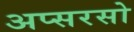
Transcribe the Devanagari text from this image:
अप्सरसो